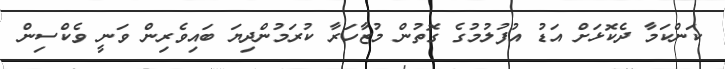
ކަންކަމާ ދެކޮޅަށް އަޑު އުފުލުމުގެ ގޮތުން މުޒާހަރާ ކުރަމުންދިޔަ ބައިވެރިން ވަނީ ވެކްސިން